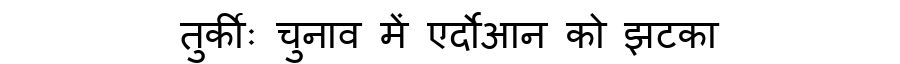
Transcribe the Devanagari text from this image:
तुर्कीः चुनाव में एर्दोआन को झटका